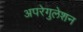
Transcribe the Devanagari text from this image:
अपरेगुलेशन